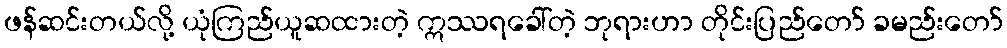
ဖန်ဆင်းတယ်လို့ ယုံကြည်ယူဆထားတဲ့ ဣဿရခေါ်တဲ့ ဘုရားဟာ တိုင်းပြည်တော် ခမည်းတော်